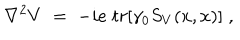
\nabla ^ { 2 } V \; = \; - i e \; t r [ \gamma _ { 0 } S _ { V } ( x , x ) ] \; ,